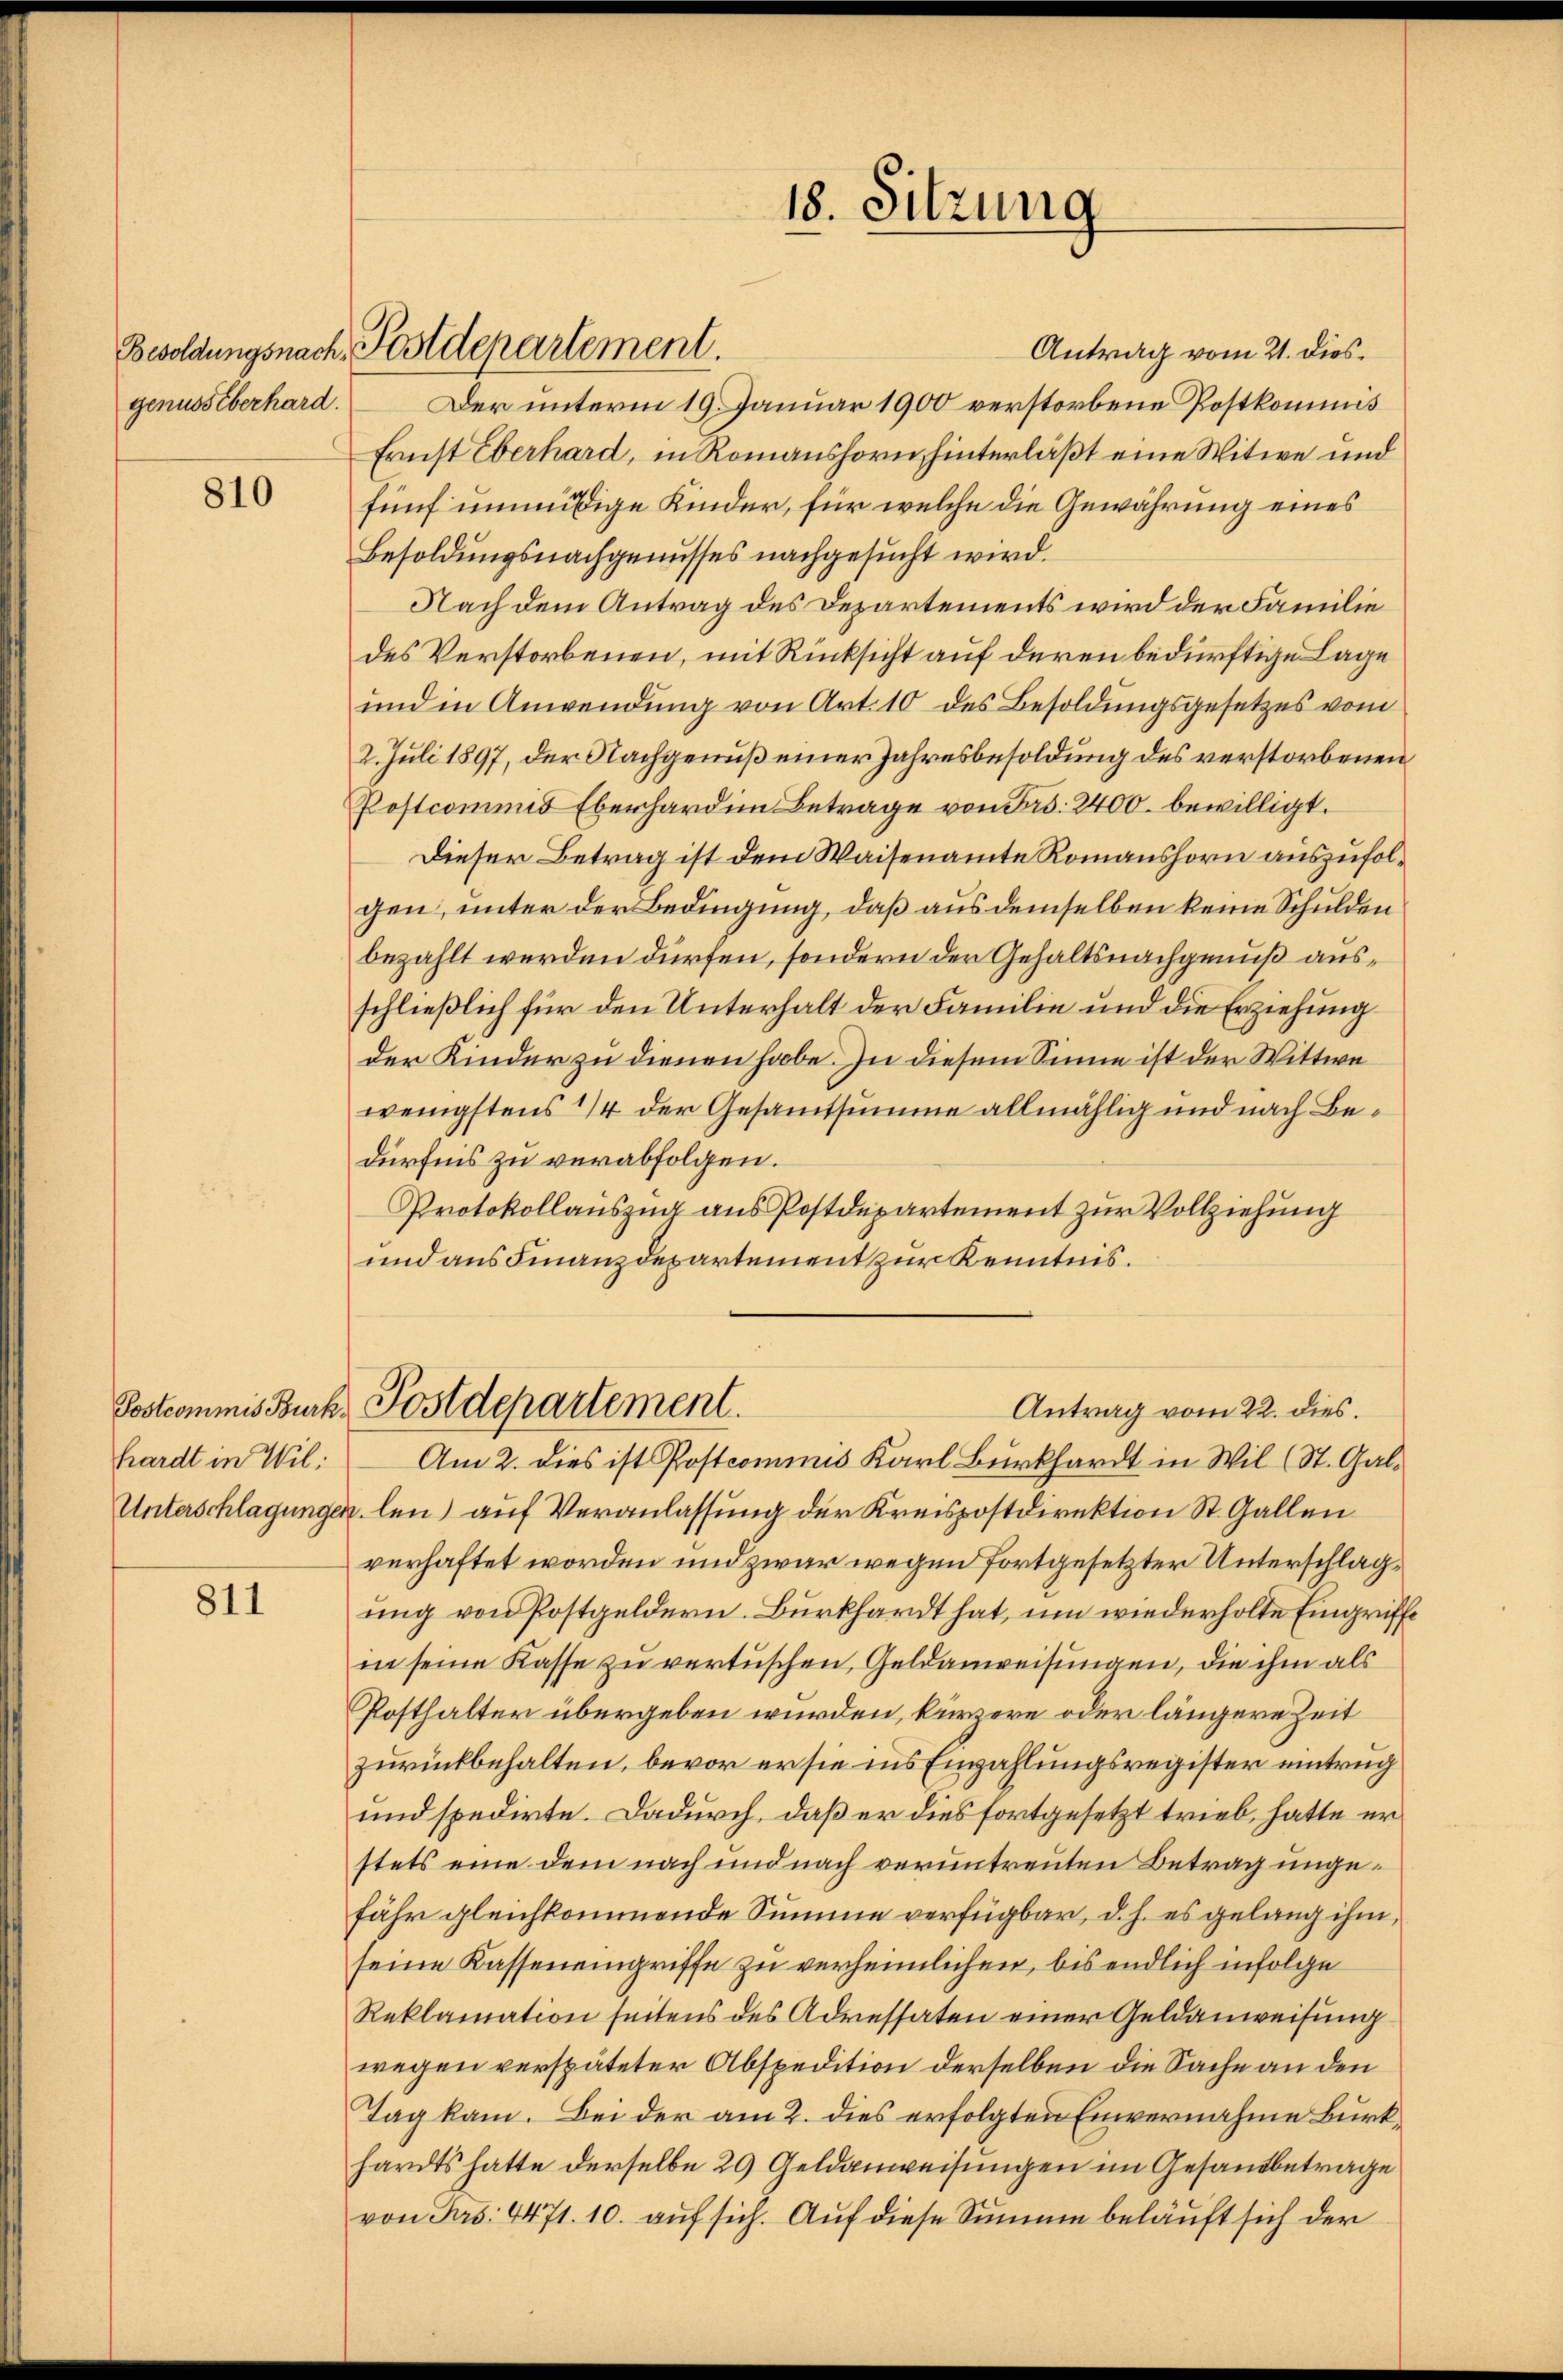
genussberhard.

810

Postcommis Burk
hardt in Wil:

811

Antrag vom 21. dies¬
Der unterm 19. Januar 1900 verstorbene Postkommis
Ernst Eberhard, in Romanshorn hinterläßt eine Witwe und
fünf unmäßige Kinder, für welche die Gewährung eines
Besoldungsnachgenusses nachgesucht wird.
Nach dem Antrag des Departements wird der Familie
des Verstorbenen, mit Rücksicht auf deren bedürftige Lage
und in Anwendung von Art. 10 des Besoldungsgesetzes vom
2. Juli 1897, der Nachgenuß einer Jahresbesoldung des verstorbenen
Postcommis Eberhard in Betrage von Frs. 2400. bewilligt.
Dieser Betrag ist dem Waisenamte Romanshorn auszufolgen; unter der Bedingung, daß aus demselben keine Schulden
bezahlt werden dürfen, sondern der Gehaltsnachgenuß ausschließlich für den Unterhalt der Familie und die Erziehung
der Kinder zu dienen habe. In diesem Sinne ist der Wittwe
wenigstens 1/4 der Gesamtsumme allmählig und nach Bedürfnis zu verabfolgen.
Protokollauszug aus Postdepartement zur Vollziehung
und aus Finanzdepartement zur Kenntnis.
Postdepartement.
Antrag vom 22. dies.
Am 2. dies ist Postcommis Karl Burkhardt in Wil (St. Gal¬
Unterschlagungen len) auf Veranlassung der Kreispostdirektion St. Gallen
verhaftet worden und zwar wegen fortgesetzter Unterschlag,
ung von Postgeldern. Burkhardt hat, um wiederholte Eingriffe
in seine Kasse zu vertüschen, Geldanweisungen, die ihm als
Posthalter übergeben würden, kürzere oder längere Zeit
zurückbehalten, bevor er sie ins Einzahlungsregister eintrug
und spedirte. Dadurch, daß er dies fortgesetzt trieb, hatte er
stets eine dem nach und nach veruntreuten Betrag ungefähr gleichkommende Summe verfügbar, d. h. es gelang ihm,
seine Kasseneingriffe zu verheimlichen, bis endlich infolge
Reklamation seitens des Adressaten einer Geldanweisung
wegen verspäteter Abspedition derselben die Sache an den
Tag kam. Bei der am 2. dies erfolgten Einvernahme Burkhardts hatte derselbe 29 Geldanweisungen im Gesandbetrage
von Frs. 4471. 10. auf sich. Auf diese Summe beläuft sich der

Besoldungsnach, Postdepartement.

18. Sitzung